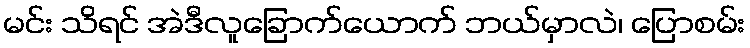
မင်း သိရင် အဲဒီလူခြောက်ယောက် ဘယ်မှာလဲ၊ ပြောစမ်း